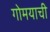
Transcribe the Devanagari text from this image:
गोमयाची